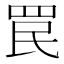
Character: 罠